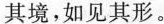
其境，如见其形。